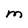
Character: M